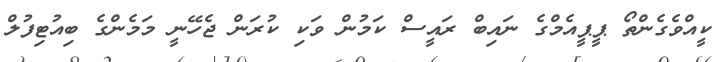
ކީއްވެގެންތޯ ޕީޕީއެމްގެ ނައިބް ރައީސް ކަމުން ވަކި ކުރަން ޖެހޭނީ މަމެންގެ ބިއުޓިފުލް